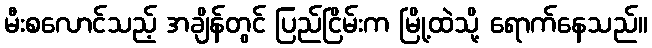
မီးစလောင်သည့် အချိန်တွင် ပြည်ငြိမ်းက မြို့ထဲသို့ ရောက်နေသည်။